Indian journal of veterinary science and animal husbandry - Volumes 15-17, 1948-1951
Year: 1948
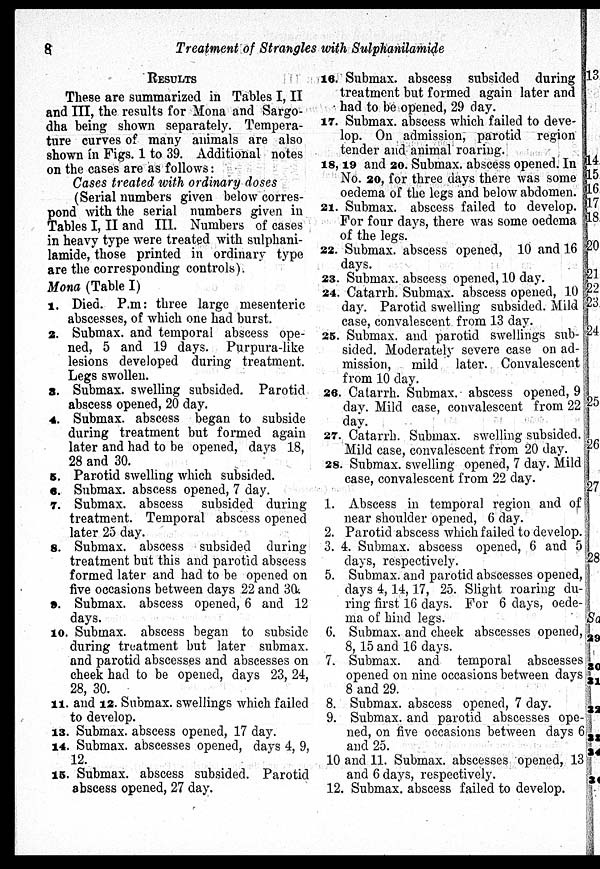
8
Treatment of Strangles with Sulphanilamide
RESULTS
These are summarized in Tables I, II
and III, the results for Mona and Sargo-
dha being shown separately. Tempera-
ture curves of many animals are also
shown in Figs. 1 to 39. Additional notes
on the cases are as follows:
Cases treated with ordinary doses
(Serial numbers given below corres-
pond with the serial numbers given in
Tables I, II and III. Numbers of cases
in heavy type were treated with sulphani-
lamide, those printed in ordinary type
are the corresponding controls).
Mona (Table I)
1. Died. P.m: three large mesenteric
abscesses, of which one had burst.
2. Submax. and temporal abscess ope-
ned, 5 and 19 days. Purpura-like
lesions developed during treatment.
Legs swollen.
3. Submax. swelling subsided. Parotid
abscess opened, 20 day.
4. Submax. abscess began to subside
during treatment but formed again
later and had to be opened, days 18,
28 and 30.
5. Parotid swelling which subsided.
6. Submax. abscess opened, 7 day.
7. Submax. abscess subsided during
treatment. Temporal abscess opened
later 25 day.
8. Submax. abscess subsided during
treatment but this and parotid abscess
formed later and had to be opened on
five occasions between days 22 and 30.
9. Submax. abscess opened, 6 and 12
days.
10. Submax. abscess began to subside
during treatment but later submax.
and parotid abscesses and abscesses on
cheek had to be opened, days 23, 24,
28, 30.
11. and 12. Submax. swellings which failed
to develop.
13. Submax. abscess opened, 17 day.
14. Submax. abscesses opened, days 4, 9,
12.
15. Submax. abscess subsided. Parotid
abscess opened, 27 day.
16. Submax. abscess subsided during
treatment but formed again later and
had to be opened, 29 day.
17. Submax. abscess which failed to deve-
lop. On admission, parotid region
tender and animal roaring.
18, 19 and 20. Submax. abscess opened. In
No. 20, for three days there was some
oedema of the legs and below abdomen.
21. Submax. abscess failed to develop.
For four days, there was some oedema
of the legs.
22. Submax. abscess opened, 10 and 16
days.
23. Submax. abscess opened, 10 day.
24. Catarrh. Submax. abscess opened, 10
day. Parotid swelling subsided. Mild
case, convalescent from 13 day.
25. Submax. and parotid swellings sub-
sided. Moderately severe case on ad-
mission, mild later. Convalescent
from 10 day.
26. Catarrh. Submax. abscess opened, 9
day. Mild case, convalescent from 22
day.
27. Catarrh. Submax. swelling subsided.
Mild case, convalescent from 20 day.
28. Submax. swelling opened, 7 day. Mild
case, convalescent from 22 day.
1. Abscess in temporal region and of
near shoulder opened, 6 day.
2. Parotid abscess which failed to develop.
3. 4. Submax. abscess opened, 6 and 5
days, respectively.
5. Submax. and parotid abscesses opened,
days 4, 14, 17, 25. Slight roaring du-
ring first 16 days. For 6 days, oede-
ma of hind legs.
6. Submax. and cheek abscesses opened,
8, 15 and 16 days.
7. Submax. and temporal abscesses
opened on nine occasions between days
8 and 29.
8. Submax. abscess opened, 7 day.
9. Submax. and parotid abscesses ope-
ned, on five occasions between days 6
and 25.
10 and 11. Submax. abscesses opened, 13
and 6 days, respectively.
12. Submax. abscess failed to develop.